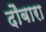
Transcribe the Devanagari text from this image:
दौबारा